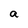
Character: a